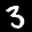
Label: 3